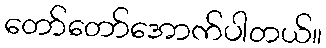
တော်တော်အောက်ပါတယ်။